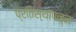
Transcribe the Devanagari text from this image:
प्रतिस्थापन्न